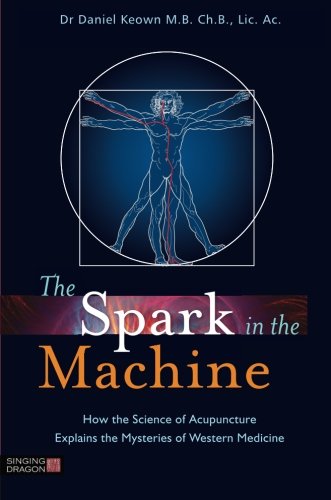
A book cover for The Spark in the Machine: How the Science of Acupuncture Explains the Mysteries of Western Medicine; Daniel Keown; Health, Fitness & Dieting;